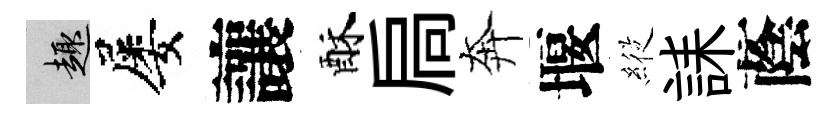
趣屡讓酥扃奔堰𦂵誄蔭